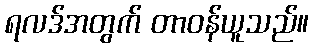
ရလဒ်အတွက် တာဝန်ယူသည်။